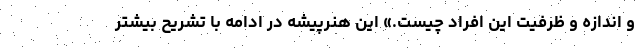
و اندازه و ظرفیت این افراد چیست.» این هنرپیشه در ادامه با تشریح بیشتر